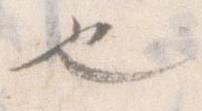
也